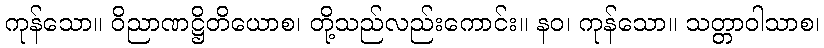
ကုန်သော။ ဝိညာဏဋ္ဌိတိယောစ၊ တို့သည်လည်းကောင်း။ နဝ၊ ကုန်သော။ သတ္တာဝါသာစ၊